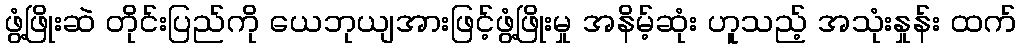
ဖွံ့ဖြိုးဆဲ တိုင်းပြည်ကို ယေဘုယျအားဖြင့်ဖွံ့ဖြိုးမှု အနိမ့်ဆုံး ဟူသည့် အသုံးနှုန်း ထက်